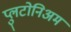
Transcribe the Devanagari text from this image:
प्लुटोनिअम